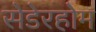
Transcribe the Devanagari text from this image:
सेडेरहोम